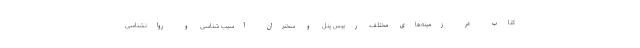
کتاب در زمینه‌های مختلف، رییس پنل و سخنران آسیب شناسی و روانشناسی